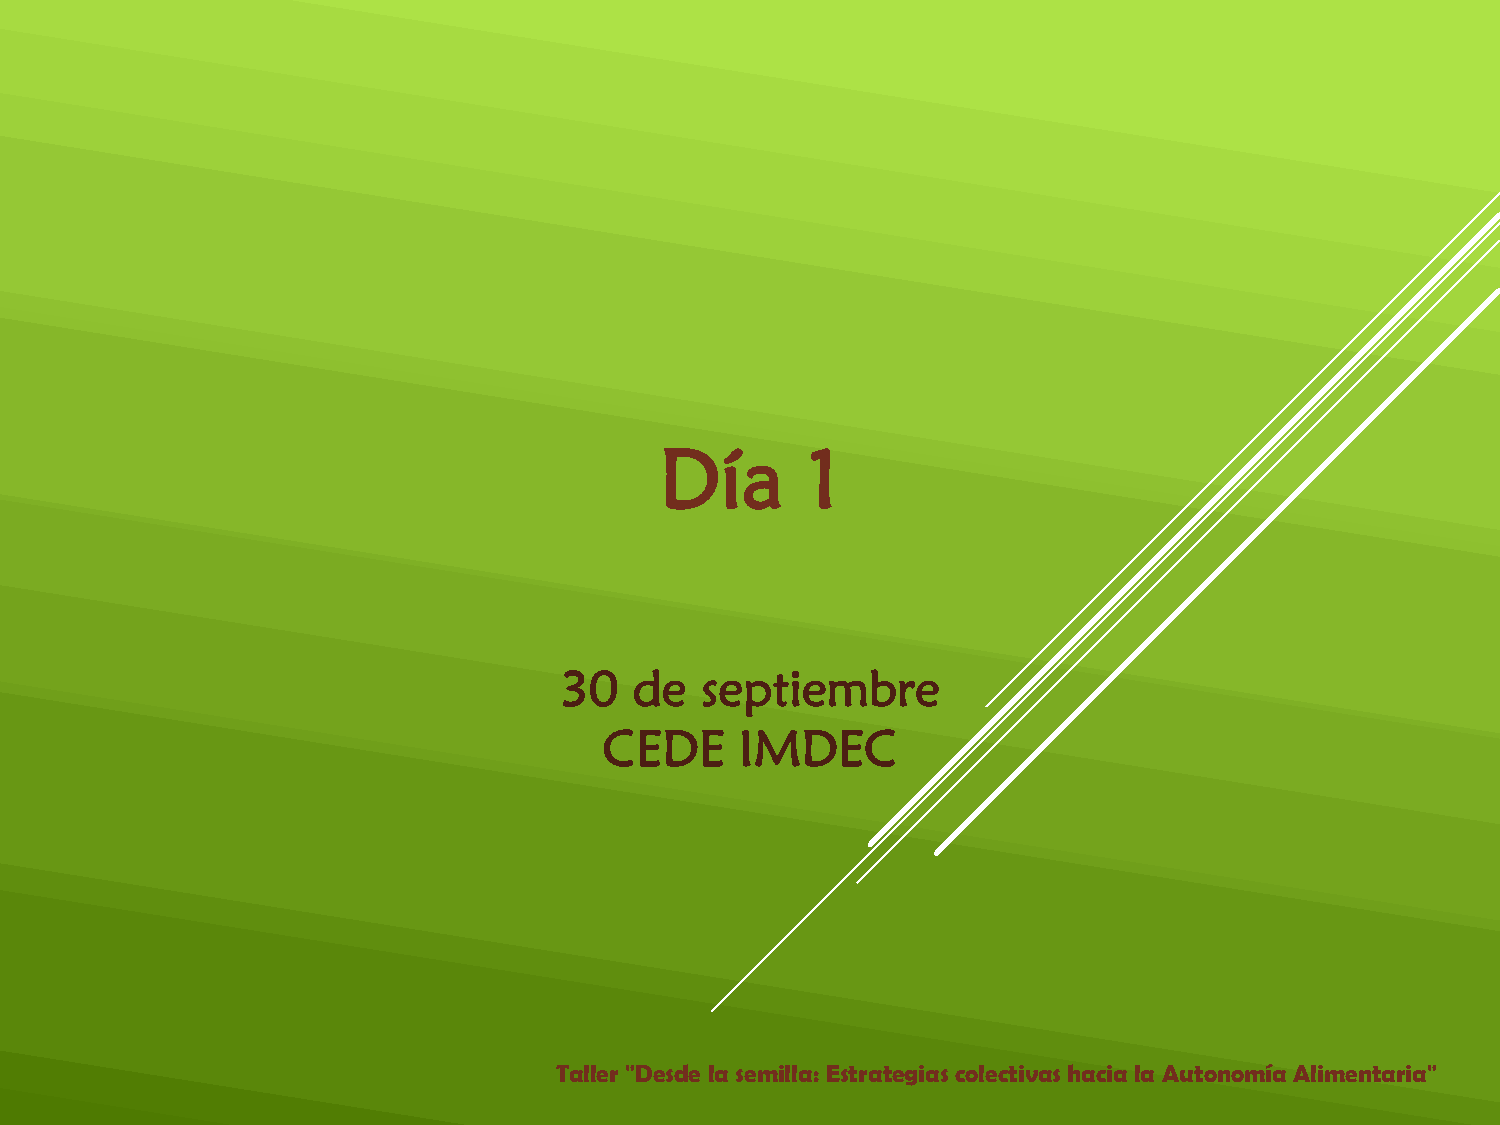
Día      1
 30   de  septiembre
 CEDE     IMDEC
 Taller "Desde la semilla: Estrategias colectivas hacia la Autonomía Alimentaria"